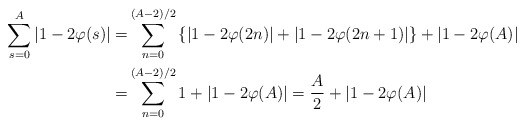
\begin{align*} \sum_{s=0}^{A}\left|1-2\varphi(s)\right|=&\sum_{n=0}^{(A-2)/2}\left\{\left|1-2\varphi(2n)\right|+\left|1-2\varphi(2n+1)\right|\right\}+|1-2\varphi(A)| \\ =&\sum_{n=0}^{(A-2)/2}1+\left|1-2\varphi(A)\right|=\frac{A}{2}+\left|1-2\varphi(A)\right| \end{align*}